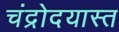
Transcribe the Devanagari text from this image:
चंद्रोदयास्त